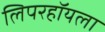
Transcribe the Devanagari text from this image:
लिपरहॉयला